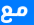
مع